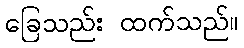
ခြေသည်း ထက်သည်။